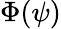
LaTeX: \Phi(\psi)